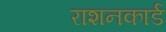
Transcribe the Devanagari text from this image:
राशनकार्ड